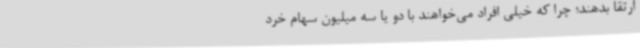
ارتقا بدهند؛ چرا که خیلی افراد می‌خواهند با دو یا سه میلیون سهام خرد